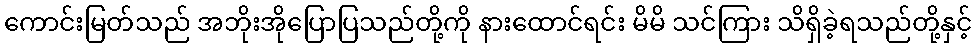
ကောင်းမြတ်သည် အဘိုးအိုပြောပြသည်တို့ကို နားထောင်ရင်း မိမိ သင်ကြား သိရှိခဲ့ရသည်တို့နှင့်